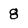
Character: 8